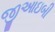
જીઆઇબી